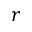
r